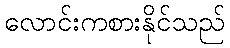
လောင်းကစားနိုင်သည်